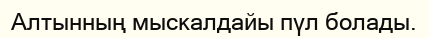
Алтынның мыскалдайы пүл болады.